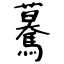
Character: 驀